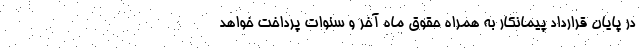
در پایان قرارداد پیمانکار به همراه حقوق ماه آخر و سنوات پرداخت خواهد